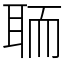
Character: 聏